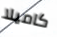
كاميلا